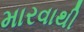
મારવાથી